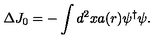
\Delta J _ { 0 } = - \int d ^ { 2 } x a ( r ) \psi ^ { \dagger } \psi .